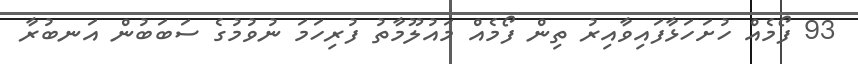
93 ފޯމެއް ހުށަހަޅާފައިވާއިރު ތިން ފޯމެއް މައުލޫމާތު ފުރިހަމަ ނުވުމުގެ ސަބަބުން އަނބުރާ